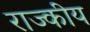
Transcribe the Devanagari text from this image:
राज्कीय